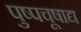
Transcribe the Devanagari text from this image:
पुष्पचूषाद्य